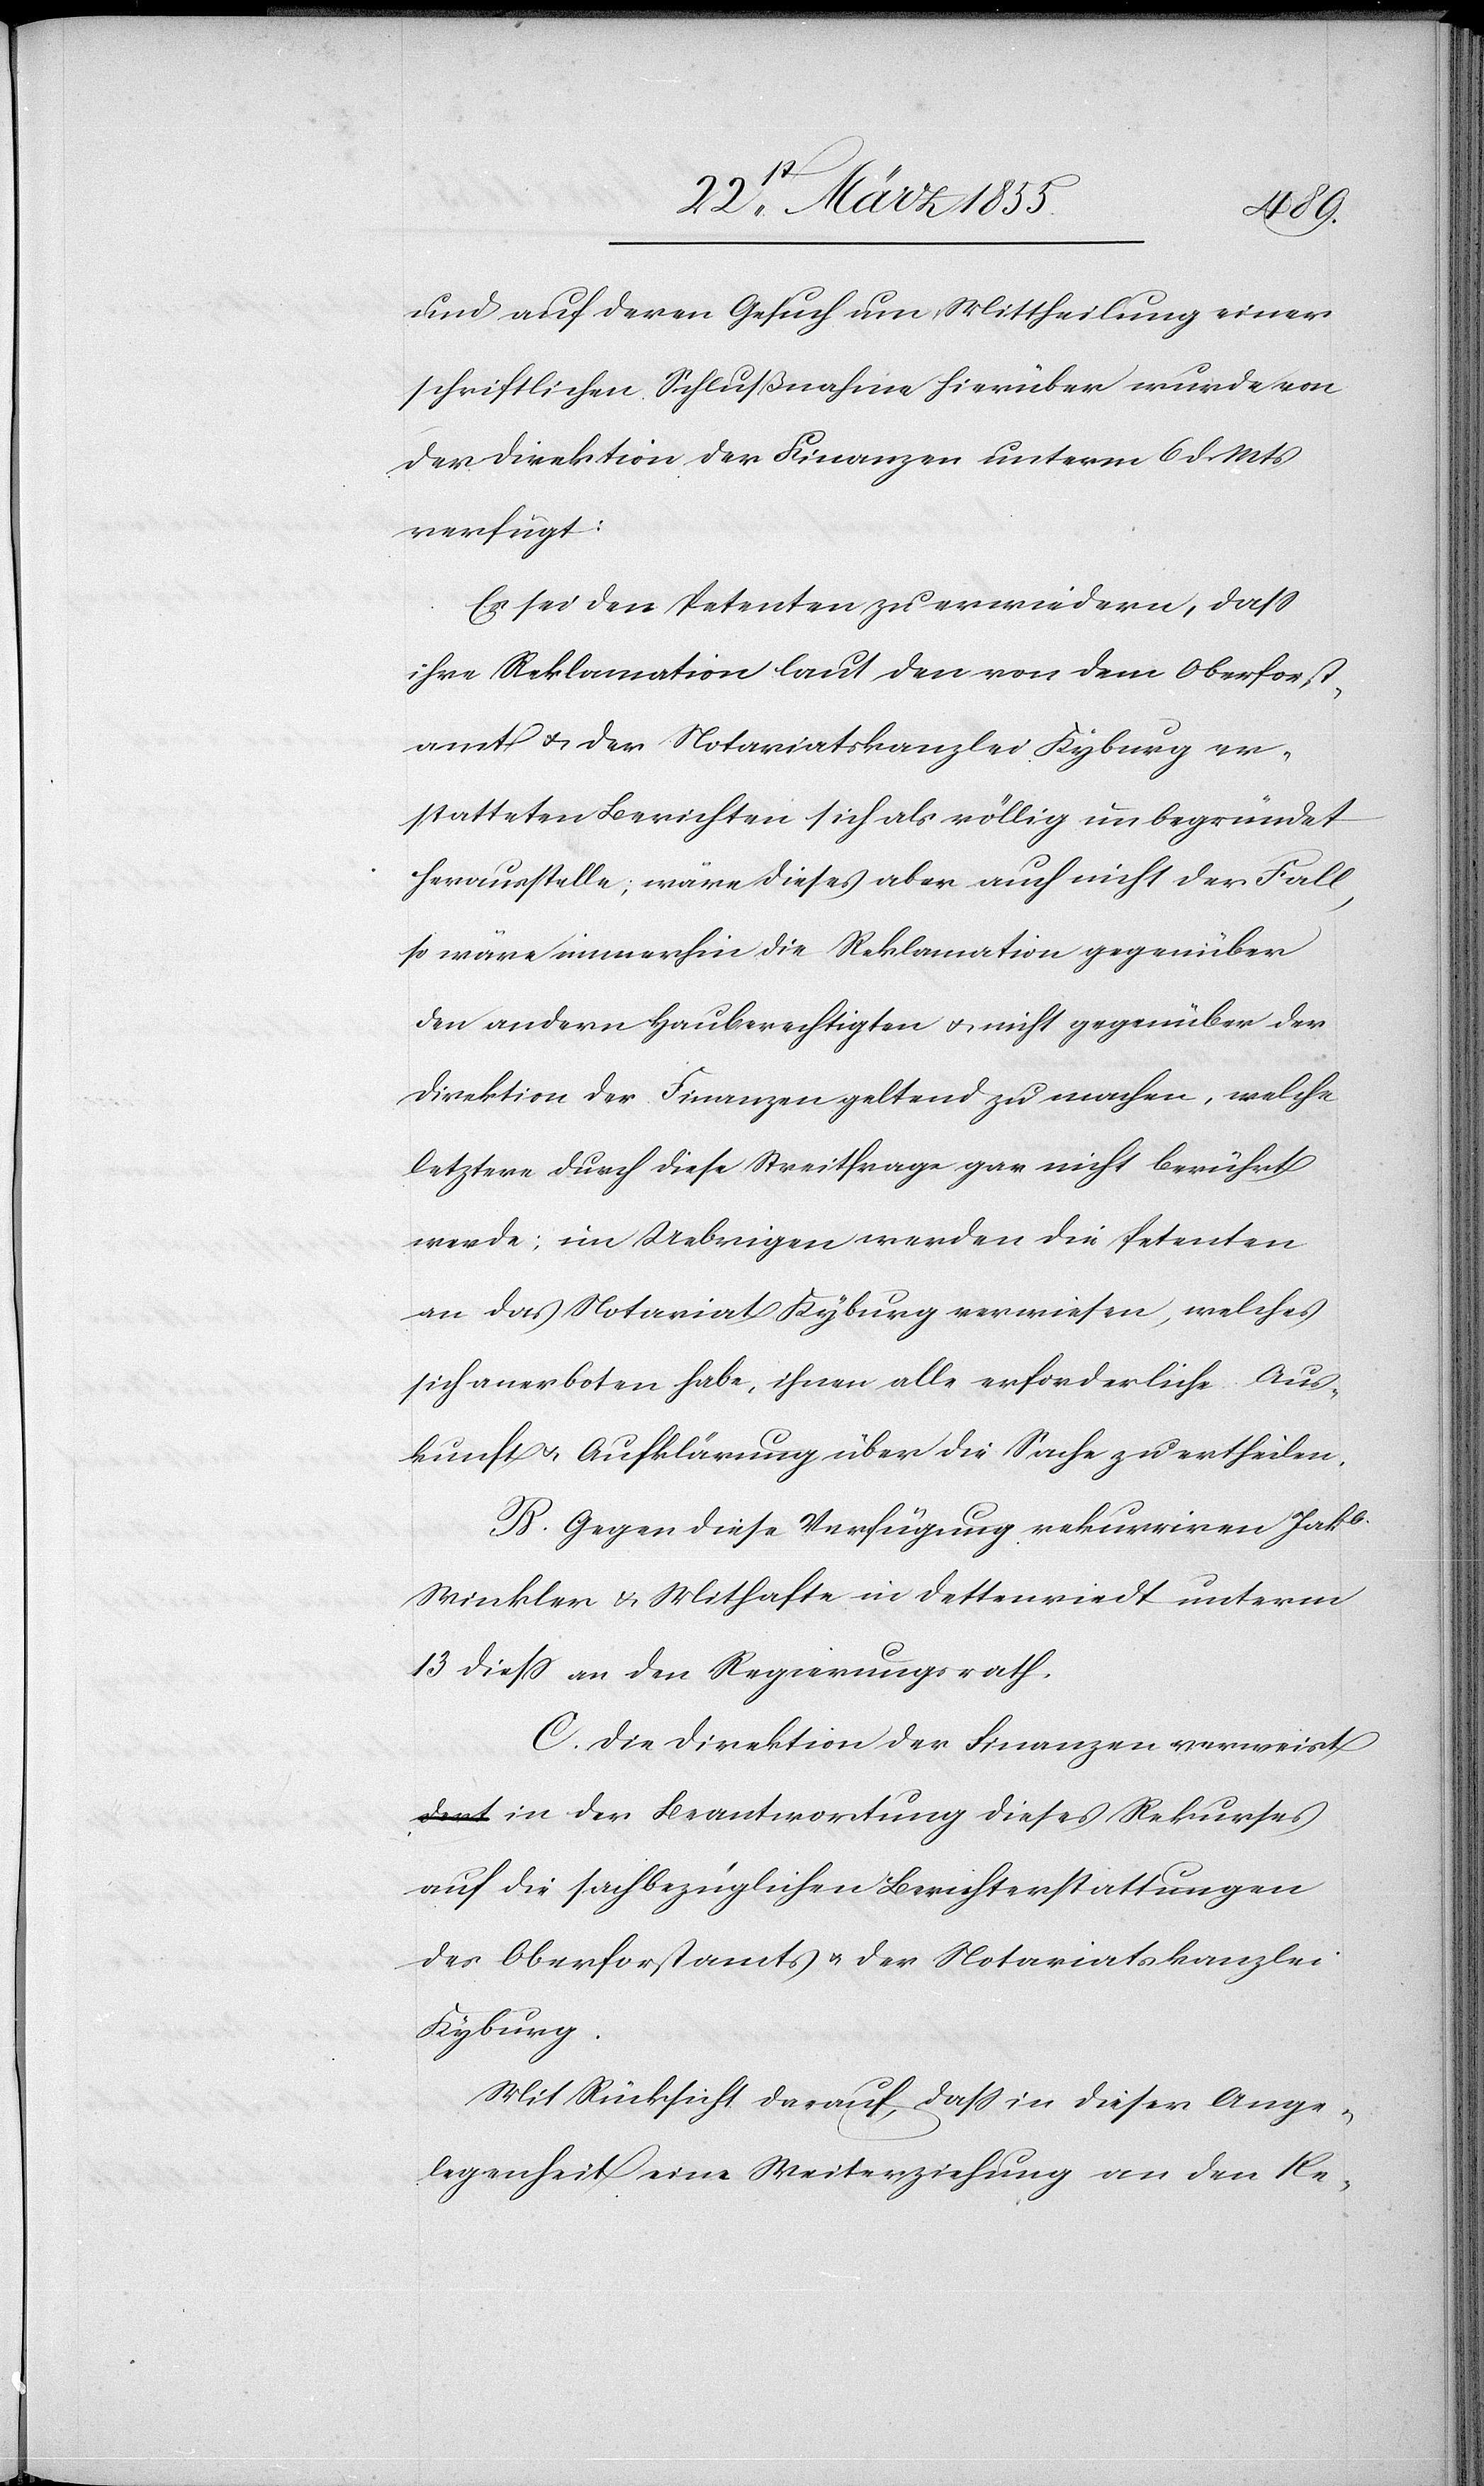
und auf deren Gesuch um Mittheilung einer
schriftlichen Schlußnahme hierüber wurde von
der Direktion der Finanzen unterm 6 d. Mts
verfügt:
Es sei den Petenten zu erwiedern, dass
ihre Reklamation laut den von dem Oberforst¬
amt & der Notariatskanzlei Kyburg er¬
statteten Berichten sich als völlig unbegründet
herausstelle, wäre dieses aber auch nicht der Fall,
so wäre immerhin die Reklamation gegenüber
den andern Hauberechtigten & nicht gegenüber der
Direktion der Finanzen geltend zu machen, welche
letztere durch diese Streitfrage gar nicht berührt
werde; im Uebrigen werden die Petenten
an das Notariat Kyburg verwiesen, welches
sich anerboten habe, ihnen alle erforderliche Aus¬
kunft & Aufklärung über die Sache zu ertheilen.
B. Gegen diese Verfügung rekurriren Jakb.
Winkler & Mithafte in Dettenriedt unterm
13 diess an den Regierungsrath.
C. Die Direktion der Finanzen verweis¬
t in der Beantwortung dieses Rekurses
auf die sachbezüglichen Berichterstattungen
des Oberforstamts & der Notariatskanzlei
Kyburg.
Mit Rücksicht darauf, dass in dieser Ange¬
legenheit eine Weiterziehung an den Re-